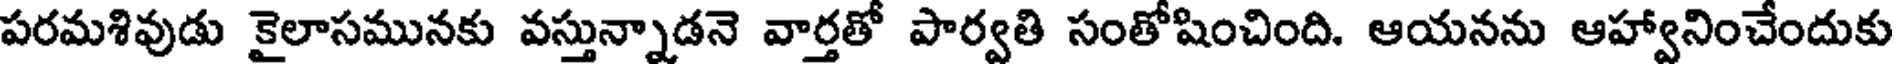
పరమశివుడు కైలాసమునకు వస్తున్నాడనె వార్తతో పార్వతి సంతోషించింది. ఆయనను ఆహ్వానించేందుకు